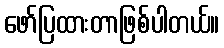
ဖော်ပြထားတာဖြစ်ပါတယ်။